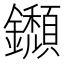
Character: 𨯸